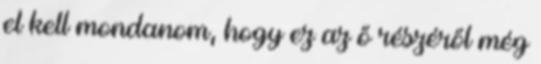
el kell mondanom, hogy ez az ő részéről még